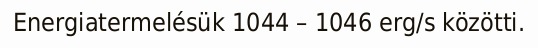
Energiatermelésük 1044 – 1046 erg/s közötti.